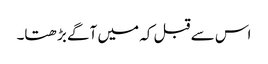
اس سے قبل کہ میں آگے بڑھتا۔